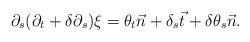
LaTeX: \begin{align*}\partial_s(\partial_t+\delta\partial_s)\xi =\theta_t \vec n+ \delta_s \vec t+\delta \theta_s \vec n.\end{align*}